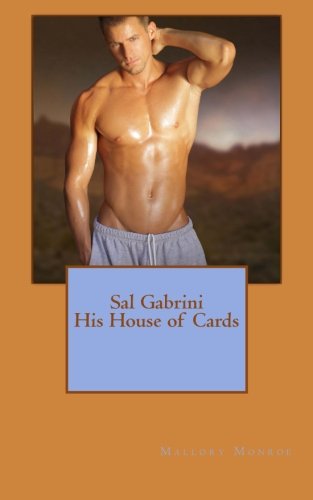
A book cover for Sal Gabrini: His House of Cards; Mallory Monroe; Romance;